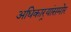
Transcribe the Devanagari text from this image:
अधिकार्‍यांसमोर